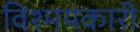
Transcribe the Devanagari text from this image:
विश्मयकारी